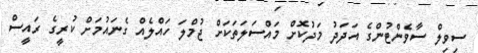
ސިވިލް ސާވެންޓުންގެ އަދަދު މަދުކޮށް މައްސަލަތަކަށް ޖުމްލަ ހައްލެއް ގެނައުމަށް ކުރީގެ ރައީސް